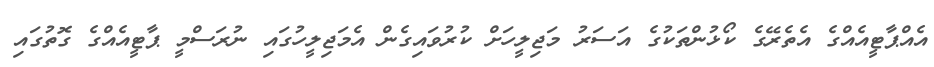
އެއްޕާޓީއެއްގެ އެތެރޭގެ ކޯޅުންތަކުގެ އަސަރު މަޖިލީހަށް ކުރުވައިގެން އެމަޖިލީހުގައި ނުރަސްމީ ޕާޓީއެއްގެ ގޮތުގައި